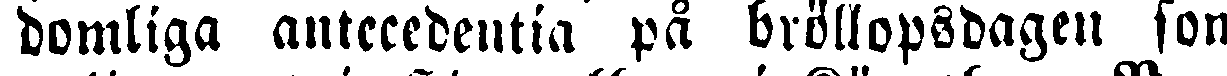
domliga antecedentia på bröllopsdagen som